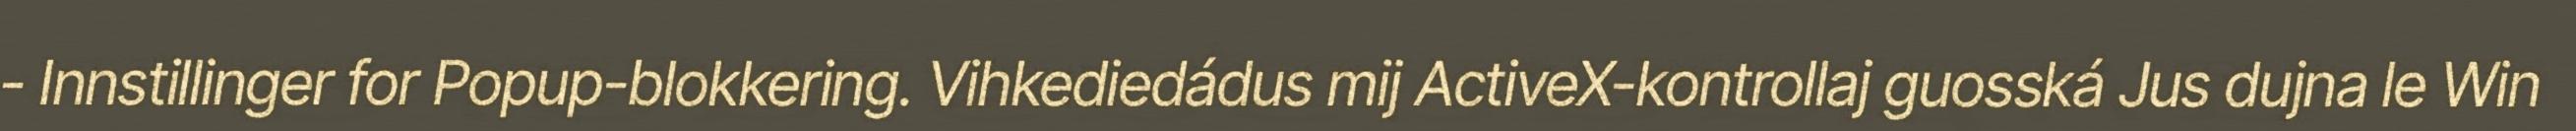
- Innstillinger for Popup-blokkering. Vihkediedádus mij ActiveX-kontrollaj guosská Jus dujna le Win